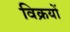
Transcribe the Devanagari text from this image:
विक्रयों